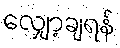
လျှော့ချရန်